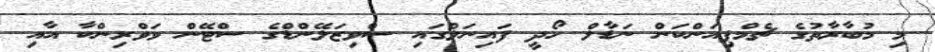
މި މުބާރާތުގެ ޗެމްޕިއަންކަން ނަޑާލް ހޯދީ ފައިނަލްގައި ސްވިޒަލޭންޑްގެ ސްޓޭން ވަވްރިންކާ އާއި